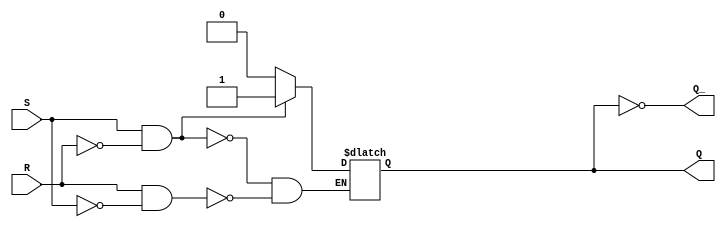
module basic_sr_flipflop(
    input wire S,
    input wire R,
    output reg Q,
    output reg Q_
);

always @(S, R)
begin
    if(S & ~R)
        begin
            Q <= 1;
        end
    else if(R & ~S)
        begin
            Q <= 0;
        end
end

assign Q_ = ~Q;

endmodule